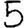
Digit: 5